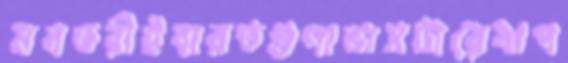
মনতরীইবারতগুণাভাসটারেবাগ